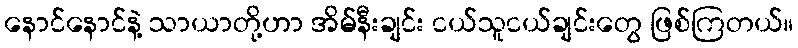
နောင်နောင်နဲ့ သာယာတို့ဟာ အိမ်နီးချင်း ငယ်သူငယ်ချင်းတွေ ဖြစ်ကြတယ်။